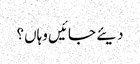
دیئے جائیں وہاں؟